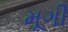
મૂગી